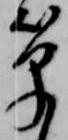
筆